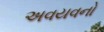
અવયવનો